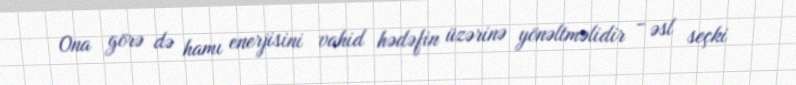
Ona görə də hamı enerjisini vahid hədəfin üzərinə yönəltməlidir - əsl seçki